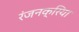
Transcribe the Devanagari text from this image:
रंजनक्रिया